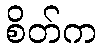
စိတ်က